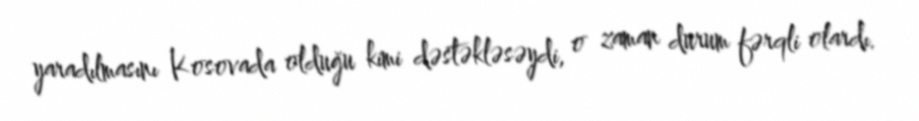
yaradılmasını Kosovada olduğu kimi dəstəkləsəydi, o zaman durum fərqli olardı.